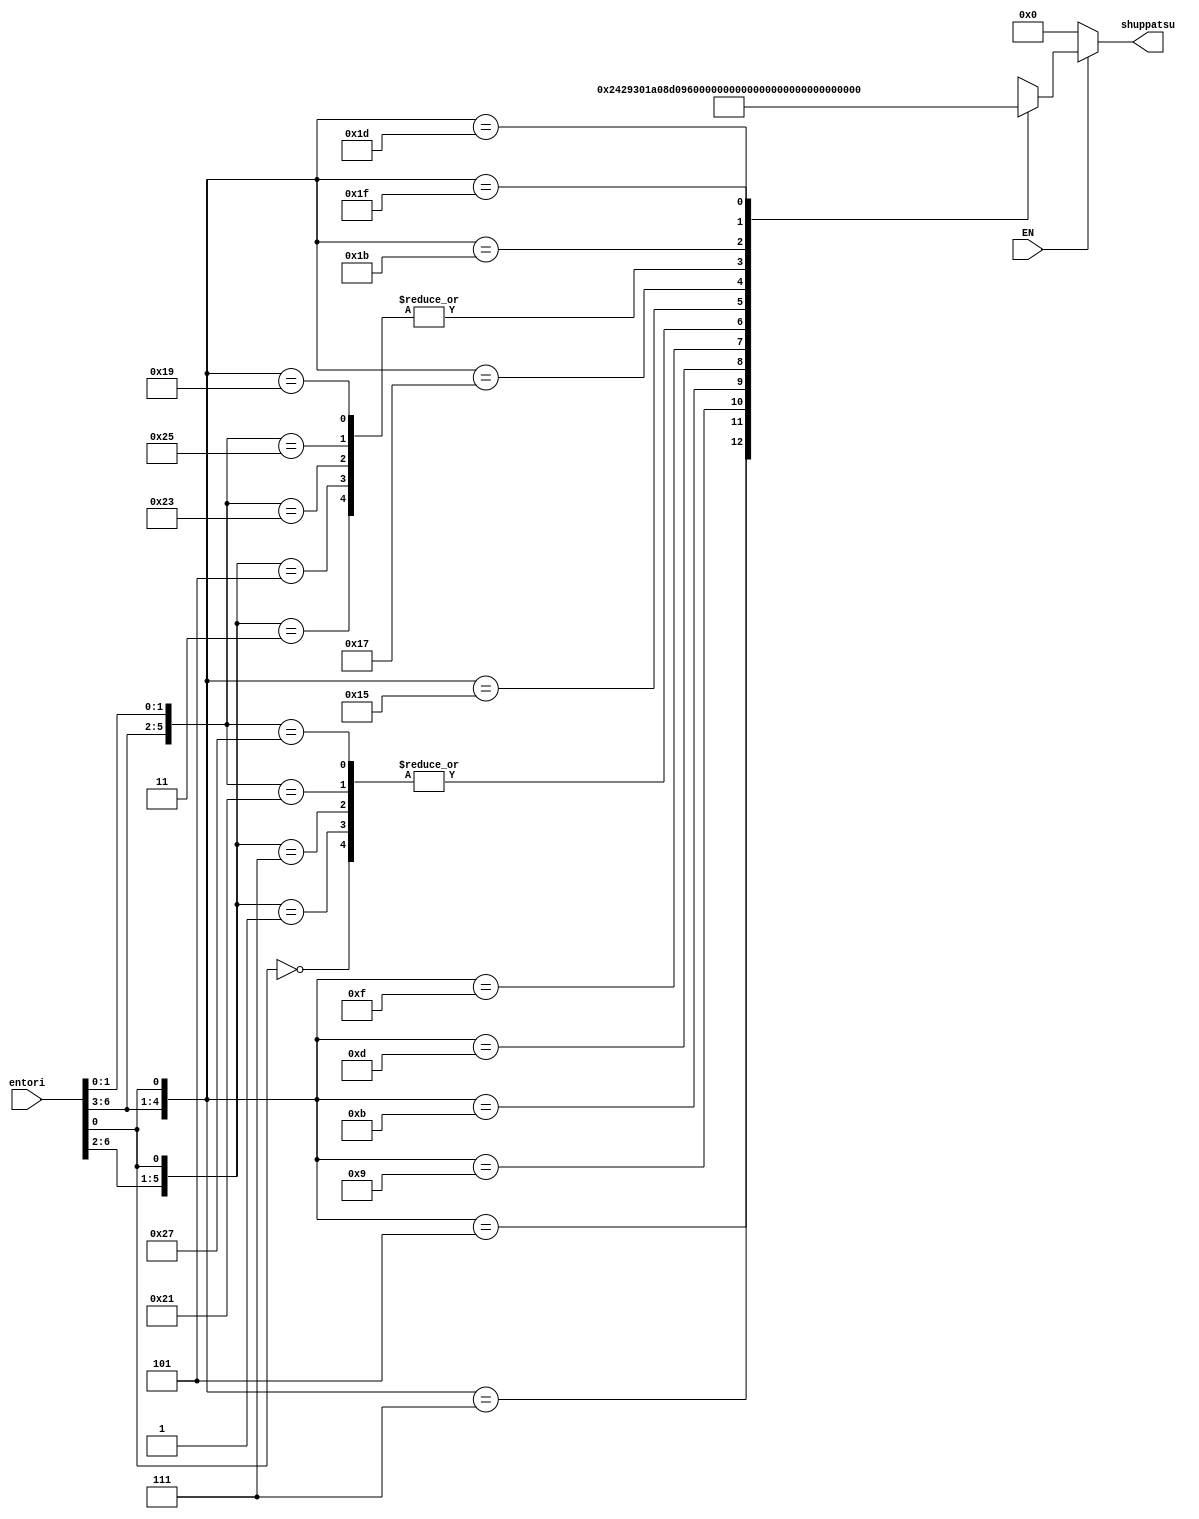
// Electrnica digital
// Valerie Valdez 19659

//                             Laboratorio #09
//                              Ejercicio 05

// Implementacin de la tabla como memoria ROM utilizando case

module MROM(input wire EN,
            input wire [6:0]entori,
            output reg [12:0]shuppatsu);

              always @ (EN or entori)begin
                  shuppatsu = 0; //Salidas en 0
                if (EN)
                    casex (entori) //Establecer condiciones

//               Combinaciones provenientes de la tabla proporcionada
                      7'bxxxxxx0: shuppatsu <= 13'b1000000001000;
                      7'b00001x1: shuppatsu <= 13'b0100000001000;
                      7'b00000x1: shuppatsu <= 13'b1000000001000;
                      7'b00011x1: shuppatsu <= 13'b1000000001000;
                      7'b00010x1: shuppatsu <= 13'b0100000001000;
                      7'b0010xx1: shuppatsu <= 13'b0001001000010;
                      7'b0011xx1: shuppatsu <= 13'b1001001100000;
                      7'b0100xx1: shuppatsu <= 13'b0011010000010;
                      7'b0101xx1: shuppatsu <= 13'b0011010000100;
                      7'b0110xx1: shuppatsu <= 13'b1011010100000;
                      7'b0111xx1: shuppatsu <= 13'b1000000111000;
                      7'b1000x11: shuppatsu <= 13'b0100000001000;
                      7'b1000x01: shuppatsu <= 13'b1000000001000;
                      7'b1001x11: shuppatsu <= 13'b1000000001000;
                      7'b1001x01: shuppatsu <= 13'b0100000001000;
                      7'b1010xx1: shuppatsu <= 13'b0011011000010;
                      7'b1011xx1: shuppatsu <= 13'b1011011100000;
                      7'b1100xx1: shuppatsu <= 13'b0100000001000;
                      7'b1101xx1: shuppatsu <= 13'b0000000001001;
                      7'b1110xx1: shuppatsu <= 13'b0011100000010;
                      7'b1111xx1: shuppatsu <= 13'b1011100100000;

                    endcase
              end
endmodule